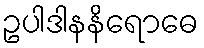
ဥပါဒါနနိရောဓေ